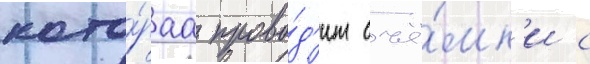
кото́раа прово́д'ит съё́мк'и с